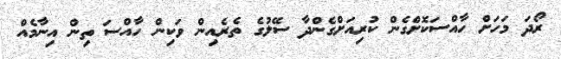
ރޯދަ މަހަށް ހާއްސަކޮށްގެން ކުރިއަށްގެންދާ ސޭލުގެ ތެރެއިން ވަކިން ހާއްސަ ތިން އިނާމެއް